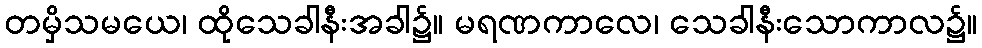
တမှိသမယေ၊ ထိုသေခါနီးအခါ၌။ မရဏကာလေ၊ သေခါနီးသောကာလ၌။